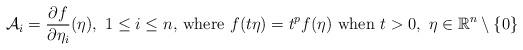
LaTeX: \begin{align*}\mathcal{A}_{i}=\frac{\partial f}{\partial \eta_i}(\eta), \, \, 1\leq i\leq n, \, \mbox{where}\, \, f(t\eta)=t^{p} f(\eta)\, \, \mbox{when}\, \, t>0,\,\,\eta\in\mathbb{R}^{n}\setminus \{0\}\end{align*}